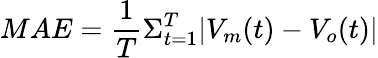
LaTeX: MAE=\frac{1}{T}\Sigma_{t=1}^{T}|V_{m}(t)-V_{o}(t)|